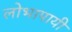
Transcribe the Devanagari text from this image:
लोभापायी